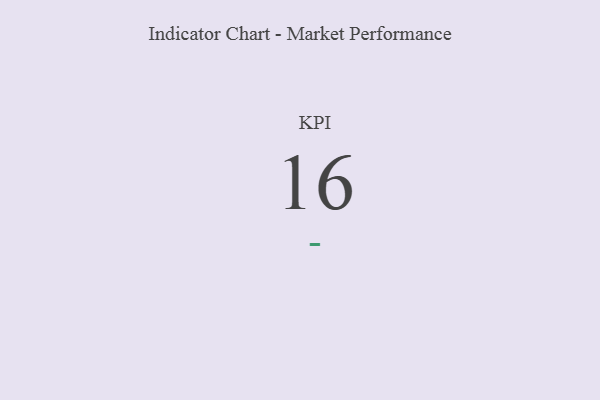
{"axis": {"x": "KPI", "y": "Value"}, "legend": [""], "data": [{"x": "KPI", "y": 16, "type": ""}]}